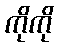
ကိုကို